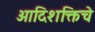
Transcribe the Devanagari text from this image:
आदिशक्तिचे